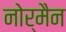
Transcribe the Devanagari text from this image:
नोर्मैन